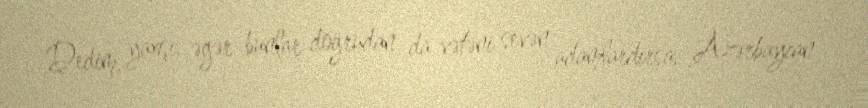
Dedim, yaxşı, əgər bunlar doğrudan da vətəni sevən adamlardırsa, Azərbaycan